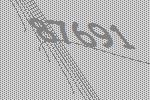
87691